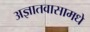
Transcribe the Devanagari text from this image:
अज्ञातवासामधे